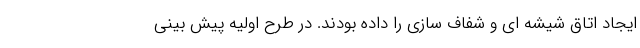
ایجاد اتاق شیشه ای و شفاف سازی را داده بودند. در طرح اولیه پیش بینی